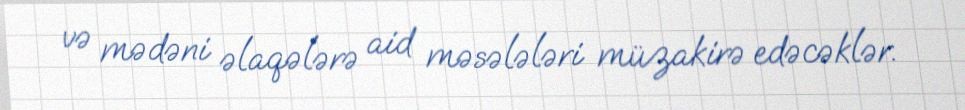
və mədəni əlaqələrə aid məsələləri müzakirə edəcəklər.